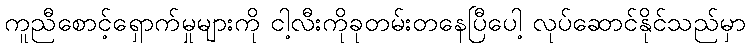
ကူညီစောင့်ရှောက်မှုများကို ငါ့လီးကိုခုတမ်းတနေပြီပေါ့ လုပ်ဆောင်နိုင်သည်မှာ